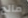
مالح